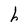
Character: h